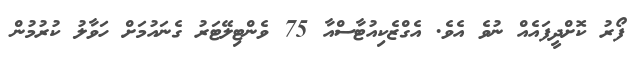
ފޯރު ކޮށްދީފައެއް ނުވެ އެވެ. އެގްޒެކިއުޓާސްއާ 75 ވެންޓިލޭޓަރު ގެނައުމަށް ހަވާލު ކުރުމުން